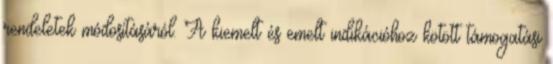
rendeletek módosításáról. A kiemelt és emelt indikációhoz kötött támogatási